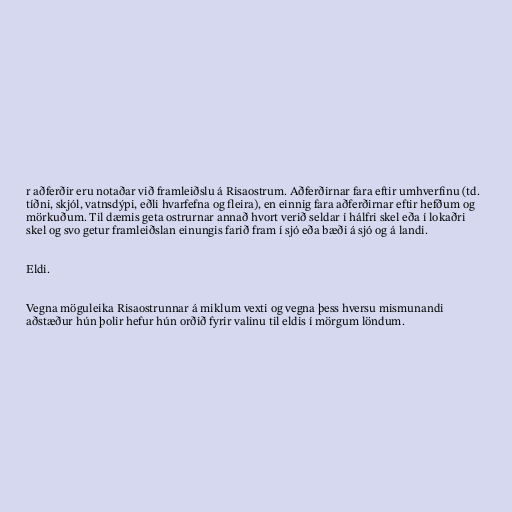
r aðferðir eru notaðar við framleiðslu á Risaostrum. Aðferðirnar fara eftir umhverfinu (td.
tíðni, skjól, vatnsdýpi, eðli hvarfefna og fleira), en einnig fara aðferðirnar eftir hefðum og
mörkuðum. Til dæmis geta ostrurnar annað hvort verið seldar í hálfri skel eða í lokaðri
skel og svo getur framleiðslan einungis farið fram í sjó eða bæði á sjó og á landi.

Eldi.

Vegna möguleika Risaostrunnar á miklum vexti og vegna þess hversu mismunandi
aðstæður hún þolir hefur hún orðið fyrir valinu til eldis í mörgum löndum.